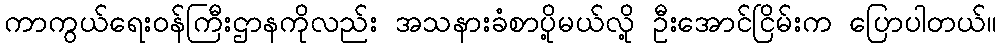
ကာကွယ်ရေးဝန်ကြီးဌာနကိုလည်း အသနားခံစာပို့မယ်လို့ ဦးအောင်ငြိမ်းက ပြောပါတယ်။